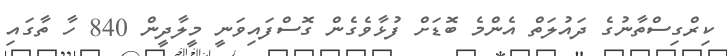
ކިރްގިސްތާނުގެ ދައުލަތް އެންމެ ބޮޑަށް ފުޅާވެގެން ގޮސްފައިވަނީ މީލާދީން 840 ހާ ތާގައި